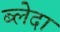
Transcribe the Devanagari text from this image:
ब्लेदा